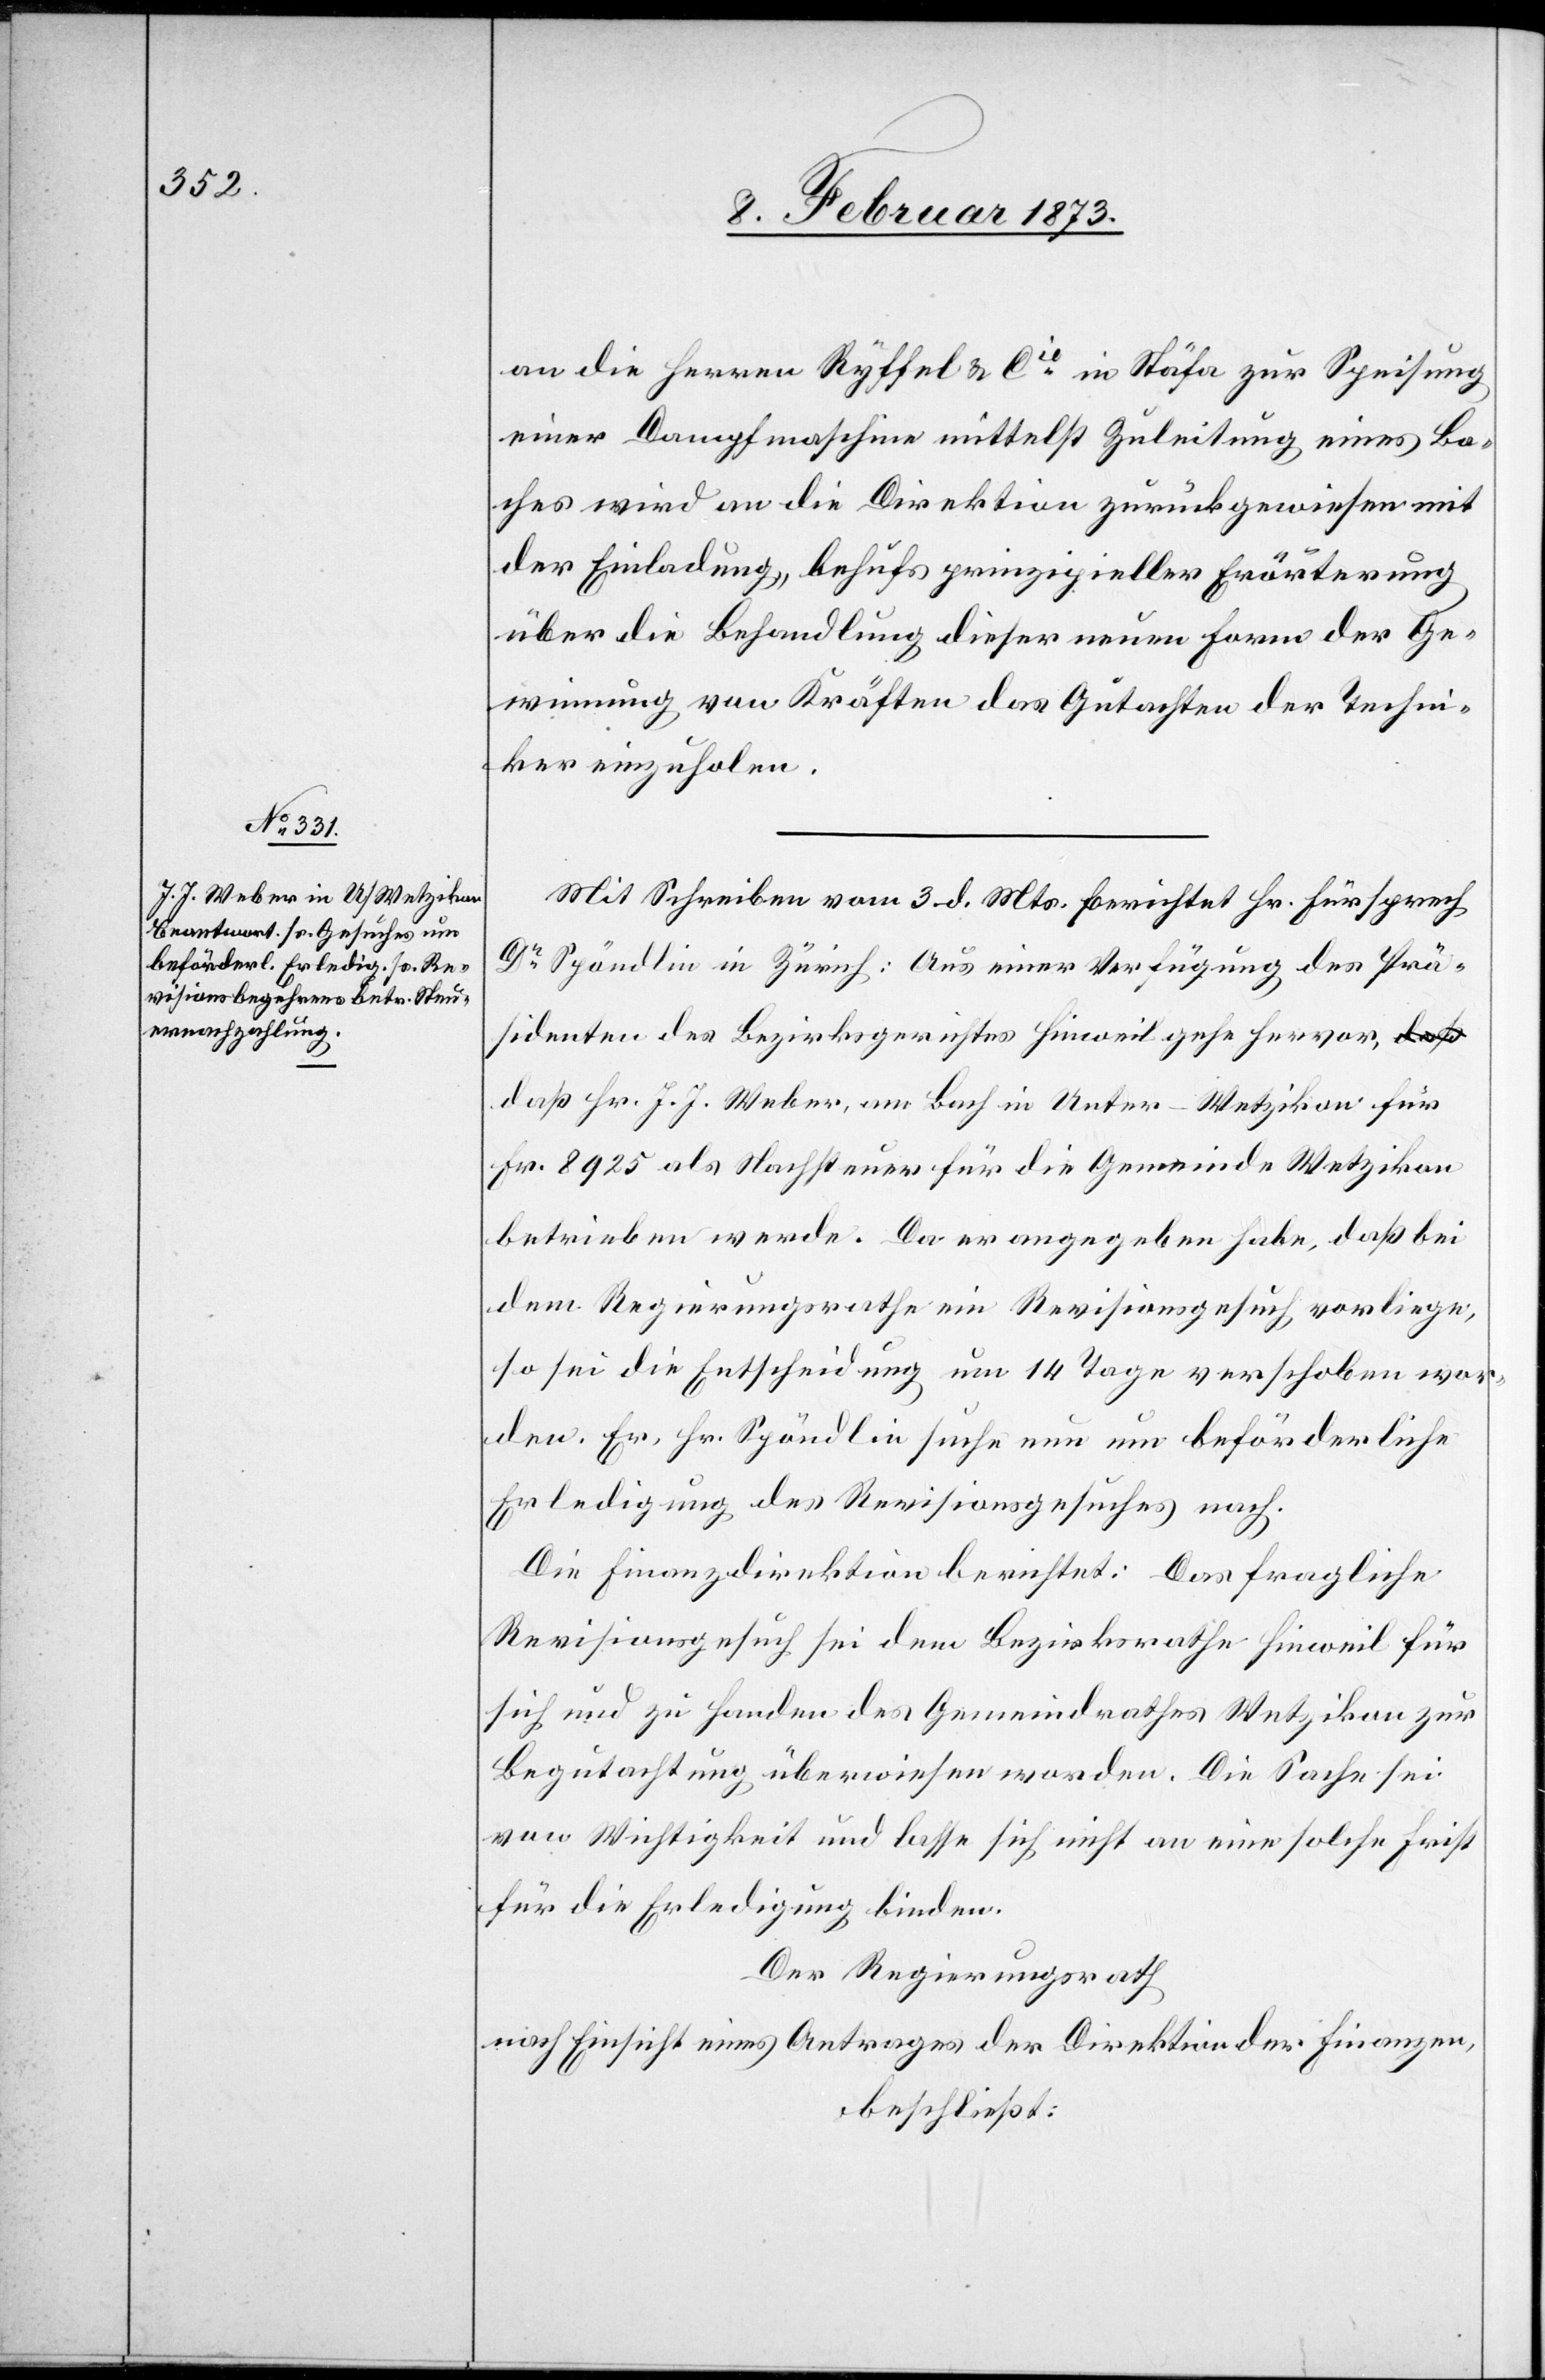
an die Herren Ryffel u. Cie in Stäfa zur Speisung
einer Dampfmaschine mittelst Zuleitung eines Ba¬
ches wird an die Direktion zurückgewiesen mit
der Einladung, behufs prinzipieller Erörterung
über die Behandlung dieser neuen Form der Ge¬
winnung von Kräften das Gutachten der Techni¬
ker einzuholen.
Mit Schreiben vom 3. d. Mts. berichtet Hr. Fürsprech
Dr Spöndlin in Zürich: Aus einer Verfügung des Prä¬
sidenten des Bezirksgerichtes Hinweil gehe hervor,
daß Hr. J. J. Weber, am Bach in Unter-Wetzikon für
Fr. 8925 als Nachsteuer für die Gemeinde Wetzikon
betrieben werde. Da er angegeben habe, daß bei
dem Regierungsrathe ein Revisionsgesuch vorliege,
so sei die Entscheidung um 14 Tage verschoben wor¬
den. Er, Hr. Spöndlin[,] suche nun um beförderliche
Erledigung des Revisionsgesuches nach.
Die Finanzdirektion berichtet: Das fragliche
Revisionsgesuch sei dem Bezirksrathe Hinweil für
sich und zu Handen des Gemeindrathes Wetzikon zur
Begutachtung überwiesen worden. Die Sache sei
von Wichtigkeit und lasse sich nicht an eine solche Frist
für die Erledigung binden.
Der Regierungsrath
nach Einsicht eines Antrages der Direktion der Finanzen,
beschließt: